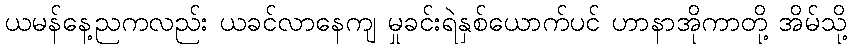
ယမန်နေ့ညကလည်း ယခင်လာနေကျ မှုခင်းရဲနှစ်ယောက်ပင် ဟာနာအိုကာတို့ အိမ်သို့